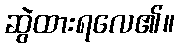
ဆွဲထားရလေ၏။